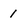
Character: 1